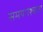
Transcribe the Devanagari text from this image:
समयपश्चता